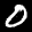
Label: 0